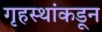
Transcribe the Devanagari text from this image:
गृहस्थांकडून